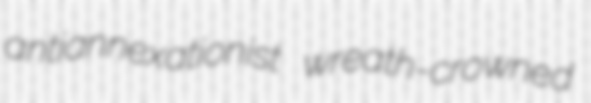
antiannexationist wreath-crowned